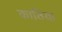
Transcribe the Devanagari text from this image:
काठिया